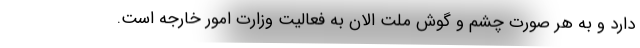
دارد و به هر صورت چشم و گوش ملت الان به فعالیت وزارت امور خارجه است.